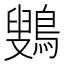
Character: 𱈷